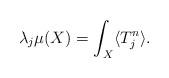
LaTeX: \begin{align*}\lambda_j\mu(X) =\int_X \langle T_j^n \rangle. \end{align*}